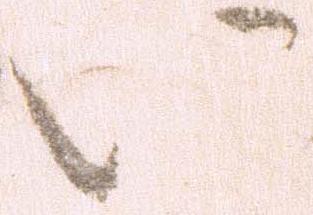
い